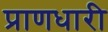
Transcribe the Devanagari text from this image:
प्राणधारी